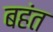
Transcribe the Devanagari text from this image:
बहंत